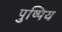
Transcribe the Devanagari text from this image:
पुष्पिय